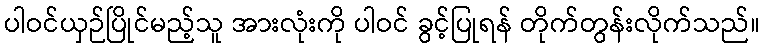
ပါဝင်ယှဉ်ပြိုင်မည့်သူ အားလုံးကို ပါဝင် ခွင့်ပြုရန် တိုက်တွန်းလိုက်သည်။